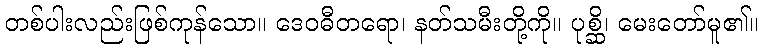
တစ်ပါးလည်းဖြစ်ကုန်သော။ ဒေဝဓီတရော၊ နတ်သမီးတို့ကို။ ပုစ္ဆိ၊ မေးတော်မူ၏။